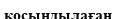
қосындылаған